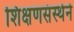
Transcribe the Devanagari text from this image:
शिक्षणसंस्थेने